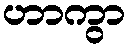
ဟာကွာ